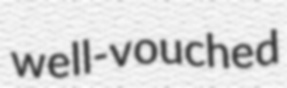
well-vouched